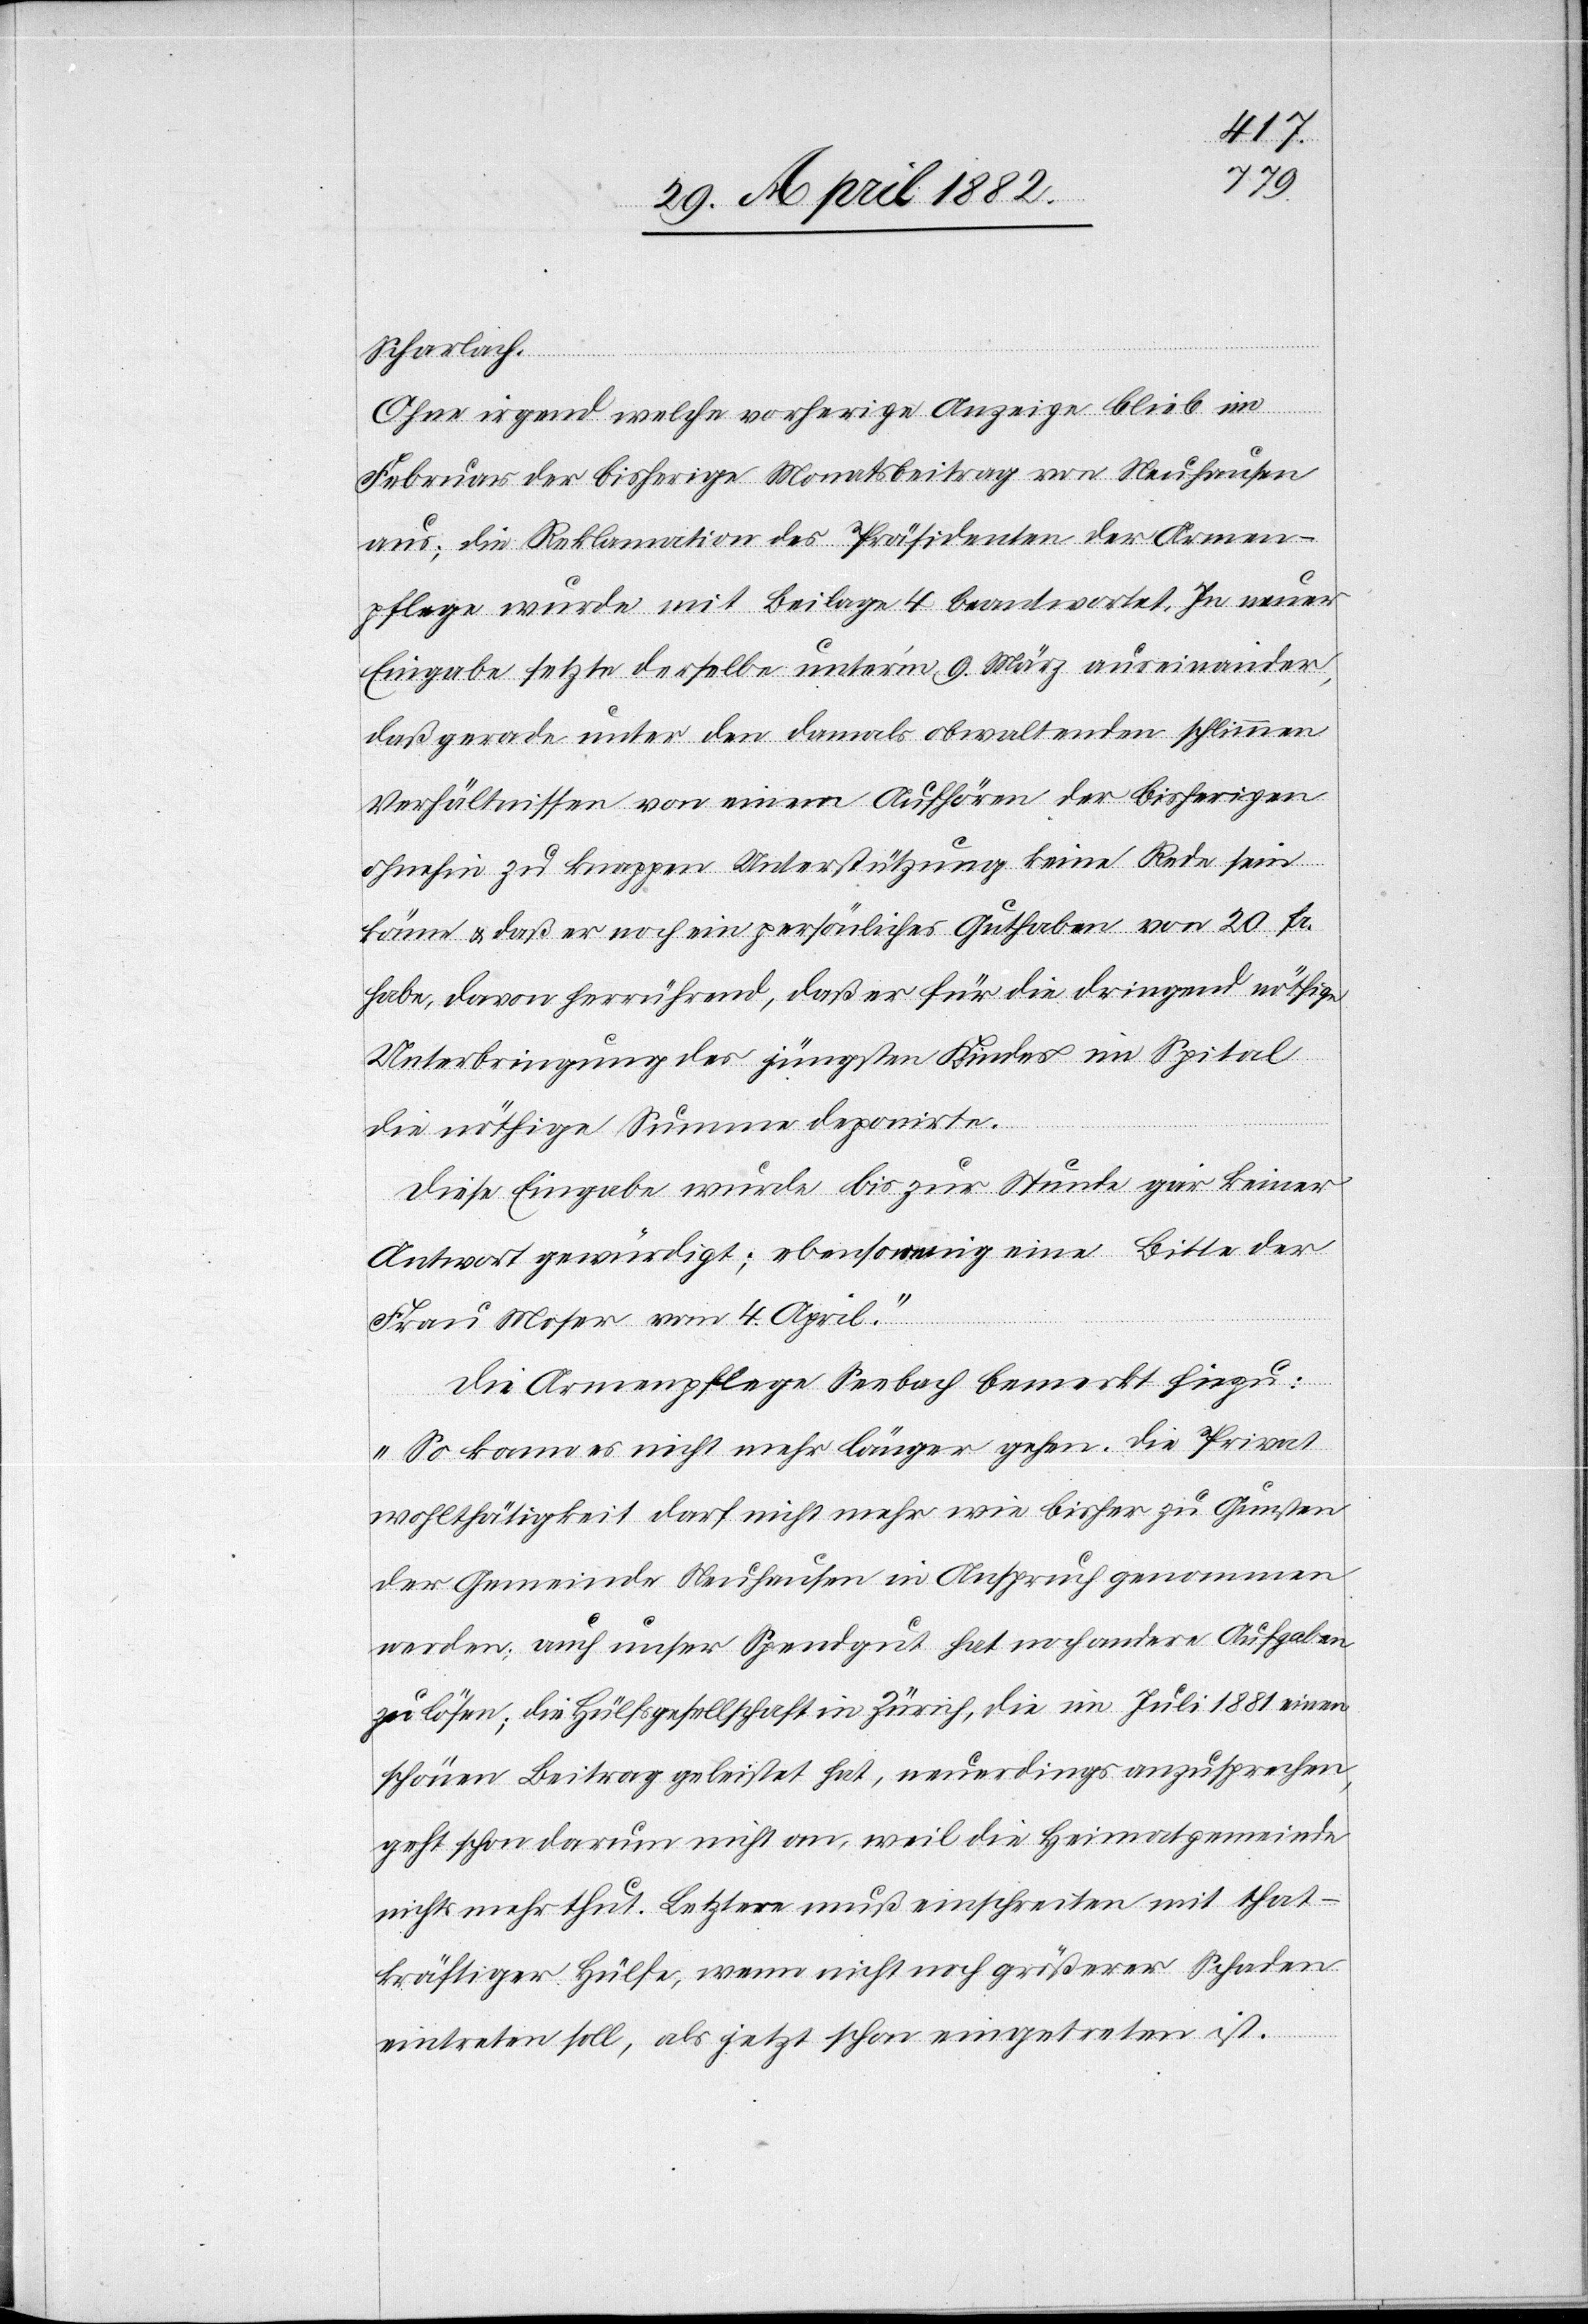
Scharlach.
Ohne irgend welche vorherige Anzeige blieb im
Februar der bisherige Monatsbeitrag von Neuhausen
aus; die Reklamation des Präsidenten der Armen¬
pflege wurde mit Beilage 4 beantwortet. In neuer
Eingabe setzte derselbe unterm 9. März auseinander,
daß gerade unter den damals obwaltenden schlimmen
Verhältnissen von einem Aufhören der bisherigen
ohnehin zu knappen Unterstützung keine Rede sein
könne & daß er noch ein persönliches Guthaben von 20 Fr.
habe, davon herrührend, daß er für die dringend nöthige
Unterbringung des jüngsten Kindes im Spital
die nöthigste Summe deponirte.
Diese Eingabe wurde bis zur Stunde gar keiner
Antwort gewürdigt; ebensowenig eine Bitte der
Frau Moser vom 4. April.“
Die Armenpflege Seebach bemerkt hiezu:
„So kann es nicht mehr länger gehen. Die Privat¬
wohlthätigkeit darf nicht mehr wie bisher zu Gunsten
der Gemeinde Neuhausen in Anspruch genommen
werden; auch unser Spendgut hat noch andere Aufgaben
zu lösen; die Hülfsgesellschaft in Zürich, die im Juli 1881 einen
schönen Beitrag geleistet hat, neuerdings anzusprechen,
geht schon darum nicht an, weil die Heimatgemeinde
nichts mehr thut. Letztere muß einschreiten mit that¬
kräftiger Hülfe, wenn nicht noch größerer Schaden
eintreten soll, als jetzt schon eingetreten ist.